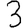
Digit: 3